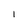
Character: 1